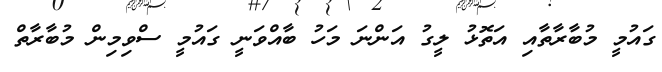
ގައުމީ މުބާރާތާއި އަތޮޅު ލީގު އަންނަ މަހު ބާއްވަނީ ގައުމީ ސްވިމިން މުބާރާތް